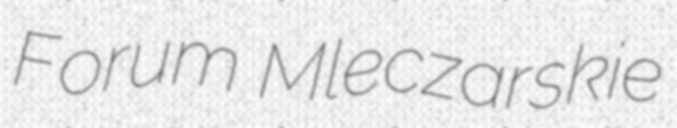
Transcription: Forum Mleczarskie